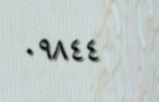
٠٩٨٤٤